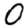
Digit: 0